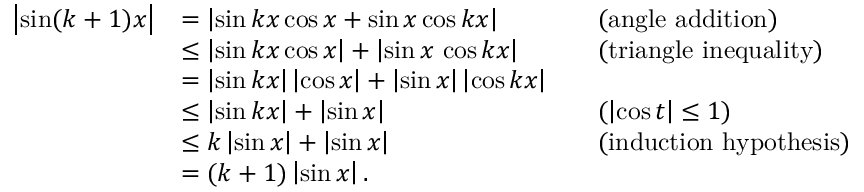
{ \begin{array} { r l r l } { \left| \sin ( k + 1 ) x \right| } & { = \left| \sin k x \cos x + \sin x \cos k x \right| } & & { { \mathrm { ( a n g l e ~ a d d i t i o n ) } } } \\ & { \leq \left| \sin k x \cos x \right| + \left| \sin x \, \cos k x \right| } & & { { \mathrm { ( t r i a n g l e ~ i n e q u a l i t y ) } } } \\ & { = \left| \sin k x \right| \left| \cos x \right| + \left| \sin x \right| \left| \cos k x \right| } \\ & { \leq \left| \sin k x \right| + \left| \sin x \right| } & & { ( \left| \cos t \right| \leq 1 ) } \\ & { \leq k \left| \sin x \right| + \left| \sin x \right| } & & { { \mathrm { ( i n d u c t i o n ~ h y p o t h e s i s } } ) } \\ & { = ( k + 1 ) \left| \sin x \right| . } \end{array} }